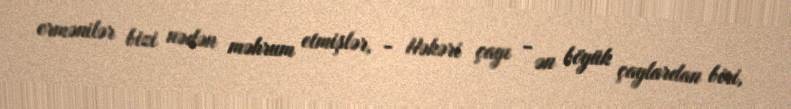
ermənilər bizi nədən məhrum etmişlər, - Həkəri çayı - ən böyük çaylardan biri,